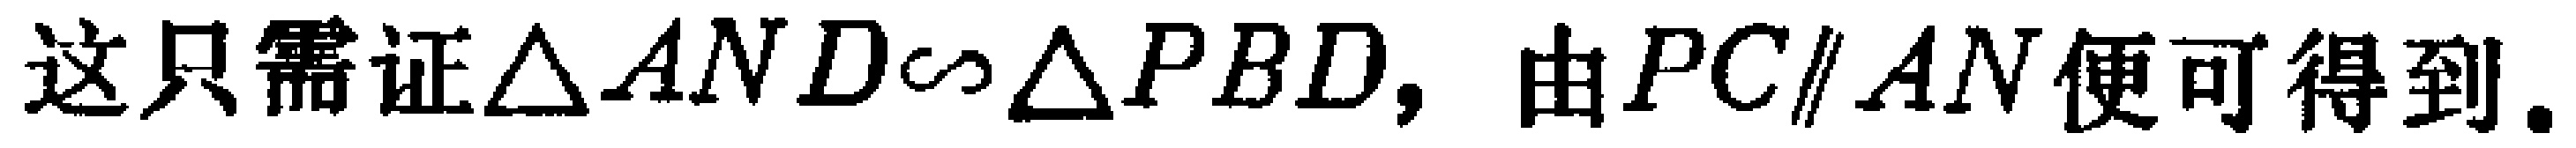
这只需证$\triangle AND\sim\triangle PBD,$ 由$PC\parallel AN$便可得到.